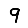
Digit: 9